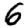
Digit: 6